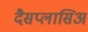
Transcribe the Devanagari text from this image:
दैसप्लासिअ